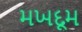
મખદૂમ